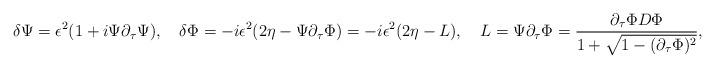
\begin{align*}\delta\Psi=\epsilon^2(1+i\Psi\partial_\tau\Psi), \quad\delta\Phi=-i\epsilon^2(2\eta-\Psi\partial_\tau\Phi)=-i\epsilon^2(2\eta-L),\quad L=\Psi\partial_\tau\Phi={{\partial_\tau\Phi D\Phi}\over{1+\sqrt{1-(\partial_\tau\Phi)^2}}},\end{align*}